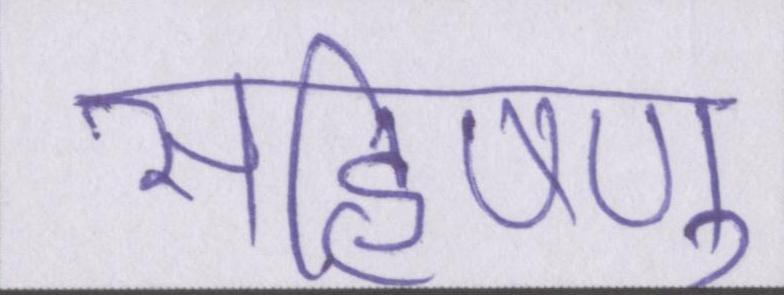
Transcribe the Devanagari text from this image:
सहिष्णु